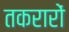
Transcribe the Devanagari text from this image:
तकरारों